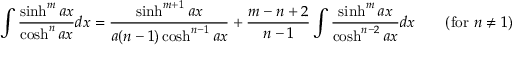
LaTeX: \int { \frac { \sinh ^ { m } a x } { \cosh ^ { n } a x } } d x = { \frac { \sinh ^ { m + 1 } a x } { a ( n - 1 ) \cosh ^ { n - 1 } a x } } + { \frac { m - n + 2 } { n - 1 } } \int { \frac { \sinh ^ { m } a x } { \cosh ^ { n - 2 } a x } } d x \qquad { \mathrm { ( f o r ~ } } n \neq 1 { \mathrm { ) } }